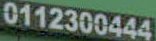
0112300444